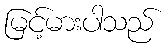
မြင့်မားပါသည်